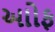
આોફ